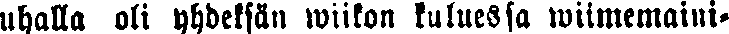
uhalla oli yhdeksän wiikon kuluessa wiimemaini-